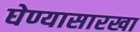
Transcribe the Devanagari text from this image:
घेण्यासारखा